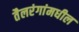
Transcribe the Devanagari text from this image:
तैलरंगांमधील